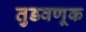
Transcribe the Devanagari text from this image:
तुडवणूक